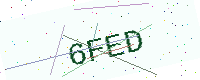
Text: 6FED